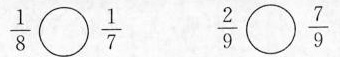
$$\frac { 1 } { 8 } \circ \frac { 1 } { 7 }$$ $$\frac { 2 } { 9 } \circ \frac { 7 } { 9 }$$